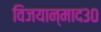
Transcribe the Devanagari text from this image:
विजयान्माद३०